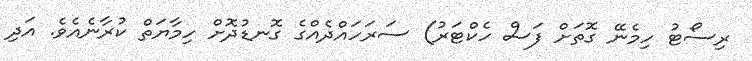
ރިސޯޓު ހިމެނޭ ގޮތަށް ފަސް ހެކްޓަރު) ސަރަހައްދެއްގެ ގޮނޑުދޮށް ހިމާޔަތް ކުރާނެއެވެ. އަދި